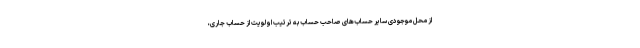
از محل موجودی سایر حساب‌های صاحب حساب به ترتیب اولویت از حساب جاری،